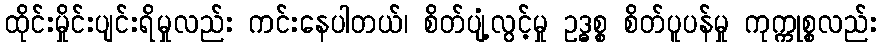
ထိုင်းမှိုင်းပျင်းရိမှုလည်း ကင်းနေပါတယ်၊ စိတ်ပျံ့လွင့်မှု ဥဒ္ဓစ္စ စိတ်ပူပန်မှု ကုက္ကုစ္စလည်း